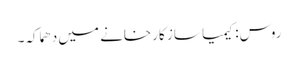
روس: کیمیا ساز کارخانے میں دھماکہ۔